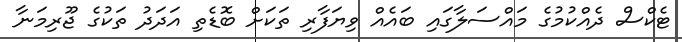
ޓެކްސް ދެއްކުމުގެ މައްސަލާގައި ބައެއް ވިޔަފާރި ތަކަށް ބޮޑެތި އަދަދު ތަކުގެ ޖޫރިމަނާ